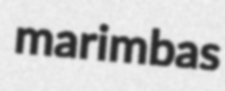
marimbas